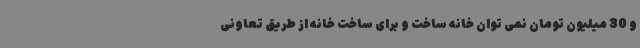
و 30 میلیون تومان نمی توان خانه ساخت و برای ساخت خانه از طریق تعاونی